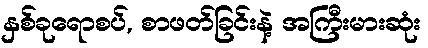
နှစ်ခုရောစပ်, စာဖတ်ခြင်းနဲ့ အကြီးမားဆုံး